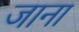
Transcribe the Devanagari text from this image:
जाना